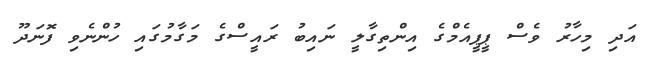
އަދި މިހާރު ވެސް ޕީޕީއެމްގެ އިންތިގާލީ ނައިބު ރައީސްގެ މަގާމުގައި ހުންނެވި ފޮނަދޫ